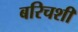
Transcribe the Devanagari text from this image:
बरिचशी